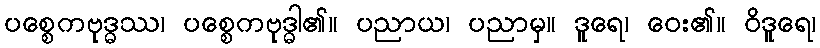
ပစ္စေကဗုဒ္ဓဿ၊ ပစ္စေကဗုဒ္ဓါ၏။ ပညာယ၊ ပညာမှ။ ဒူရေ၊ ဝေး၏။ ဝိဒူရေ၊